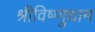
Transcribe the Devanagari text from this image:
श्रीविष्णुधाम